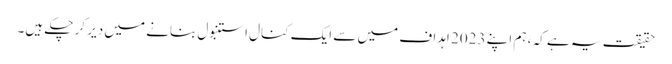
حقیقت یہ ہے کہ ، ہم اپنے 2023 اہداف میں سے ایک کنال استنبول بنانے میں دیر کر چکے ہیں۔